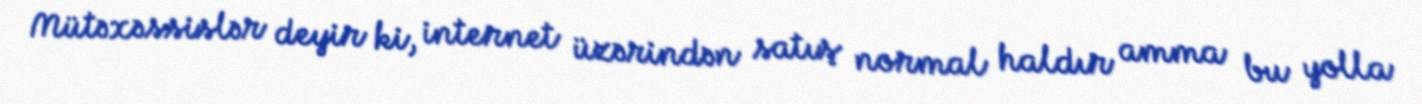
Mütəxəssislər deyir ki, internet üzərindən satış normal haldır amma bu yolla